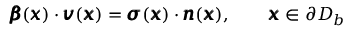
{ \pmb { \beta } } ( { \pmb x } ) \cdot { \pmb v } ( { \pmb x } ) = { \pmb \sigma } ( { \pmb x } ) \cdot { \pmb n } ( { \pmb x } ) , \qquad { \pmb x } \in \partial D _ { b }